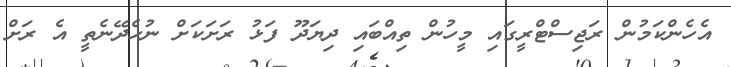
އެހެންކަމުން ރަޖިސްޓްރީގައި މީހުން ތިއްބައި ދިޔަދޫ ފަޅު ރަށަކަށް ނުހެދޭނެތީ އެ ރަށް